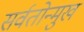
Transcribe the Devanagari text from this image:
सर्वतोन्मुख